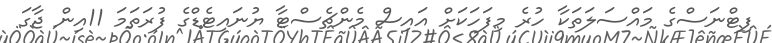
ފިޓްނަސްގެ މައްސަލަތަކާ ހުރެ މިފަހަކަށް އައިސް މެންޗެސްޓާ ޔުނައިޓެޑްގެ ފުރަތަމަ 11އިން ޖާގަ